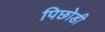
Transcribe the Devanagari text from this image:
पिछोडी